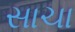
સાચા